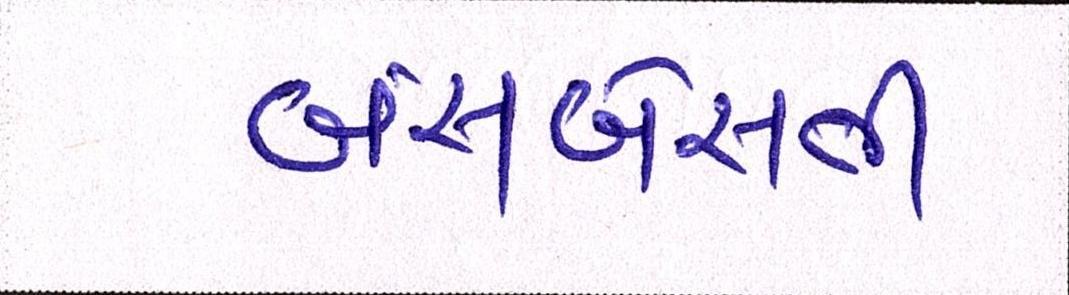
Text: બંસબેસતી